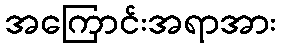
အကြောင်းအရာအား